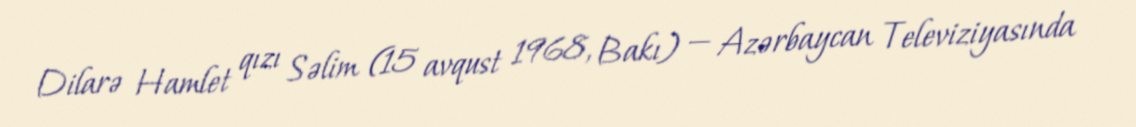
Dilarə Hamlet qızı Səlim (15 avqust 1968, Bakı) — Azərbaycan Televiziyasında